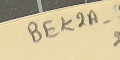
BEK2A-5 2